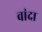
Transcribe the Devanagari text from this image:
वांदा